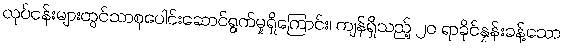
လုပ်ငန်းများတွင်သာစုပေါင်းဆောင်ရွက်မှုရှိကြောင်း၊ ကျန်ရှိသည့် ၂၀ ရာခိုင်နှုန်းခန့်သော